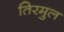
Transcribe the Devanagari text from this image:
तिरमुल